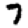
Digit: 7